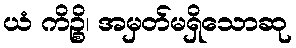
ယံ ကိဉ္စိ၊ အမှတ်မရှိသောဆု